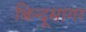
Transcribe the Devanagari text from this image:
बिन्दूसागर